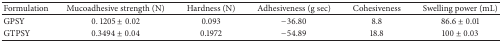
<table><thead><tr><td><b>Formulation</b></td><td><b>Mucoadhesive strength (N)</b></td><td><b>Hardness (N)</b></td><td><b>Adhesiveness (g sec)</b></td><td><b>Cohesiveness </b></td><td><b>Swelling power (mL)</b></td></tr></thead><tbody><tr><td>GPSY</td><td>0. 1205 ± 0.02</td><td>0.093</td><td>−36.80</td><td>8.8</td><td>86.6 ± 0.01</td></tr><tr><td>GTPSY </td><td>0.3494 ± 0.04</td><td>0.1972</td><td>−54.89</td><td>18.8</td><td>100 ± 0.03</td></tr></tbody></table>